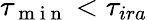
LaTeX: \tau_{\mathrm{~m~i~n~}}<\tau_{ira}